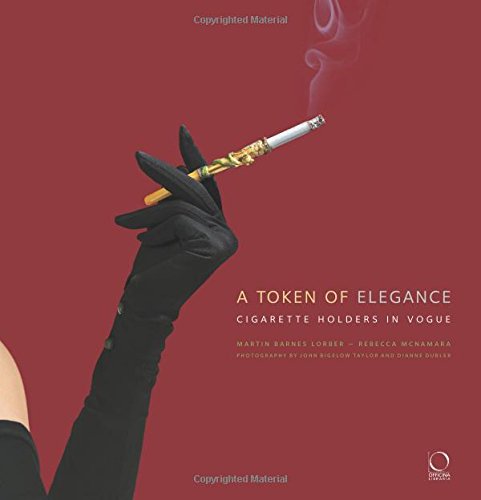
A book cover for A Token of Elegance: Cigarette Holders in Vogue; Martin Barnes Lorber; Crafts, Hobbies & Home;